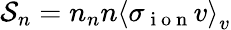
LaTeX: \mathcal{S}_{n}=n_{n}n\left<\sigma_{\mathrm{~i~o~n~}}v\right>_{v}